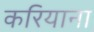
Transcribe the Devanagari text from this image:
करियाना